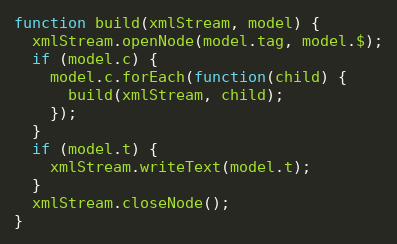
Language: JavaScript
function build(xmlStream, model) {
  xmlStream.openNode(model.tag, model.$);
  if (model.c) {
    model.c.forEach(function(child) {
      build(xmlStream, child);
    });
  }
  if (model.t) {
    xmlStream.writeText(model.t);
  }
  xmlStream.closeNode();
}